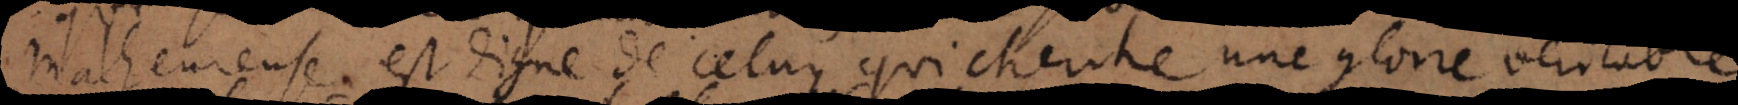
malheureuse, est digne de celuy qui cherche une gloire veritable.